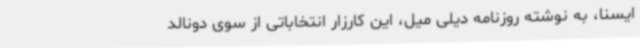
ایسنا، به نوشته روزنامه دیلی میل، این کارزار انتخاباتی از سوی دونالد